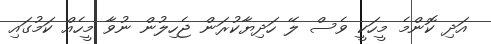
އަދި ކޮންމެ މީހަކީ ވެސް ލޭ ހަދިޔާކުރަން ޖެހިލުން ނުވާ މީހެއް ކަމުގައި